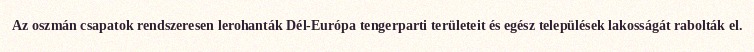
Az oszmán csapatok rendszeresen lerohanták Dél-Európa tengerparti területeit és egész települések lakosságát rabolták el.